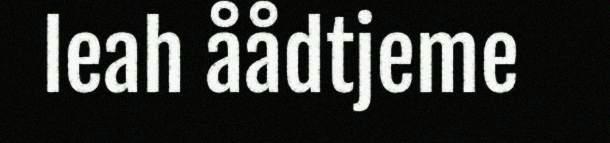
leah åådtjeme